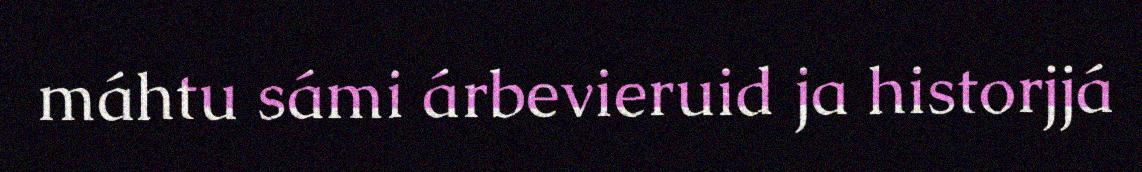
máhtu sámi árbevieruid ja historjjá